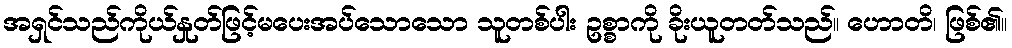
အရှင်သည်ကိုယ်နှုတ်ဖြင့်မပေးအပ်သောသော သူတစ်ပါး ဥစ္စာကို ခိုးယူတတ်သည်။ ဟောတိ၊ ဖြစ်၏။